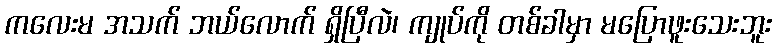
ကလေးမ အသက် ဘယ်လောက် ရှိပြီလဲ၊ ကျုပ်ကို တစ်ခါမှာ မပြောဖူးသေးဘူး